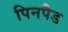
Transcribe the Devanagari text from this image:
पिनपैड